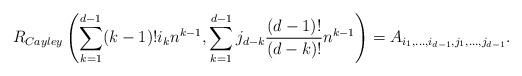
LaTeX: \begin{align*}R_{Cayley}\left(\sum_{k=1}^{d-1} (k-1)!i_kn^{k-1}, \sum_{k=1}^{d-1} j_{d-k}\frac{(d-1)!}{(d-k)!}n^{k-1}\right) = A_{i_1,\ldots,i_{d-1},j_1,\ldots,j_{d-1}}.\end{align*}